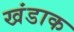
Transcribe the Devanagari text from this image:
खंडाक